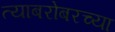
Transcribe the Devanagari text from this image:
त्याबरोबरच्या